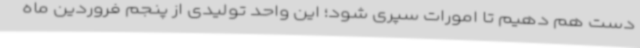
دست هم دهیم تا امورات سپری شود؛ این واحد تولیدی از پنجم فروردین ماه